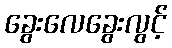
ခွေးလေခွေးလွင့်